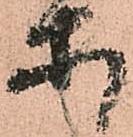
等